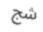
شج